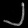
Digit: ၂